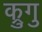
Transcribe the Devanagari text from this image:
क्रुगु